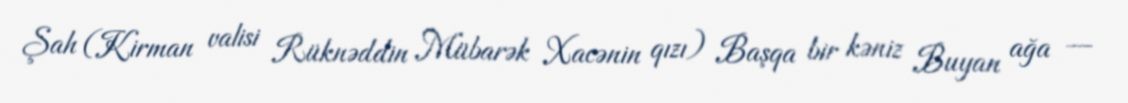
Şah (Kirman valisi Rüknəddin Mübarək Xacənin qızı) Başqa bir kəniz Buyan ağa —